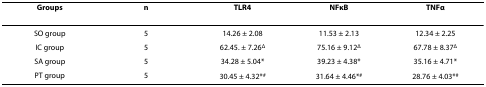
<table><thead><tr><td><b>Groups</b></td><td><b>n</b></td><td><b>TLR4</b></td><td><b>NFκB</b></td><td><b>TNFα</b></td></tr></thead><tbody><tr><td>SO group</td><td>5</td><td>14.26 ± 2.08</td><td>11.53 ± 2.13</td><td>12.34 ± 2.25</td></tr><tr><td>IC group</td><td>5</td><td>62.45. ± 7.26<sup>Δ</sup></td><td>75.16 ± 9.12<sup>Δ</sup></td><td>67.78 ± 8.37<sup>Δ</sup></td></tr><tr><td>SA group</td><td>5</td><td>34.28 ± 5.04*</td><td>39.23 ± 4.38*</td><td>35.16 ± 4.71*</td></tr><tr><td>PT group</td><td>5</td><td>30.45 ± 4.32*<sup>#</sup></td><td>31.64 ± 4.46*<sup>#</sup></td><td>28.76 ± 4.03*<sup>#</sup></td></tr></tbody></table>